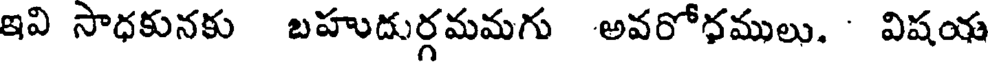
ఇవి సాధకునకు బహుదుర్గమమగు అవరోధములు. ' విషయ